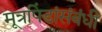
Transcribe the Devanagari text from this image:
मूत्रपिंडांसंबंधी